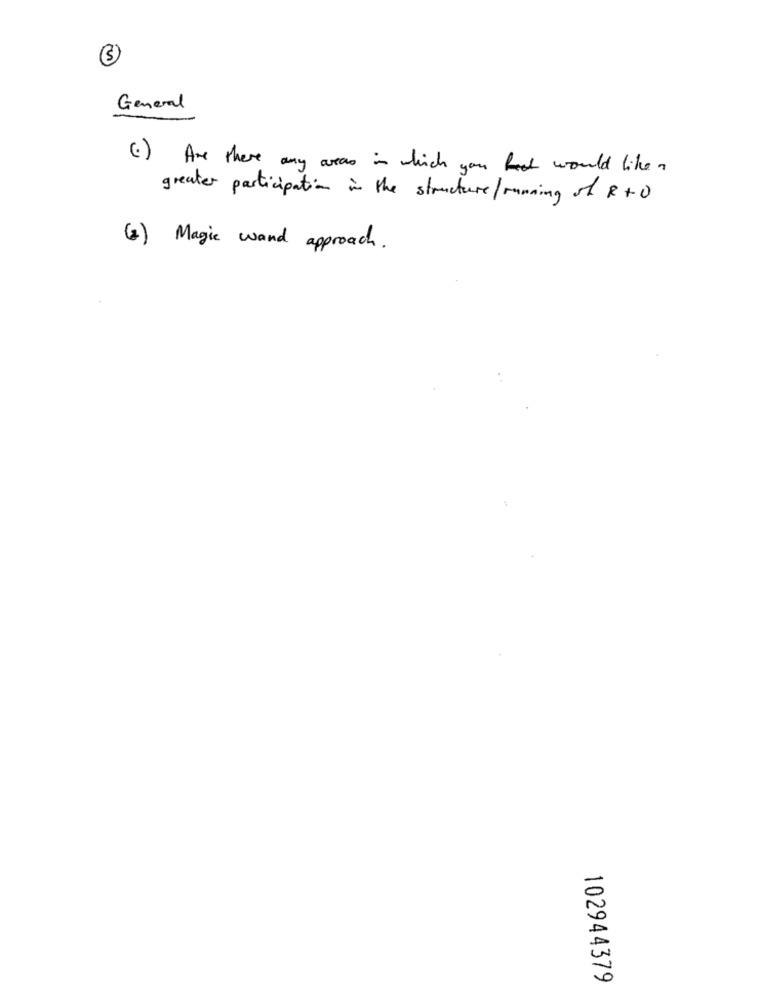
General
(1 ) Are there any areas in which you fast would like a
greater participation in the structure/running of R+0
(2) Magic wand approach.
102944379